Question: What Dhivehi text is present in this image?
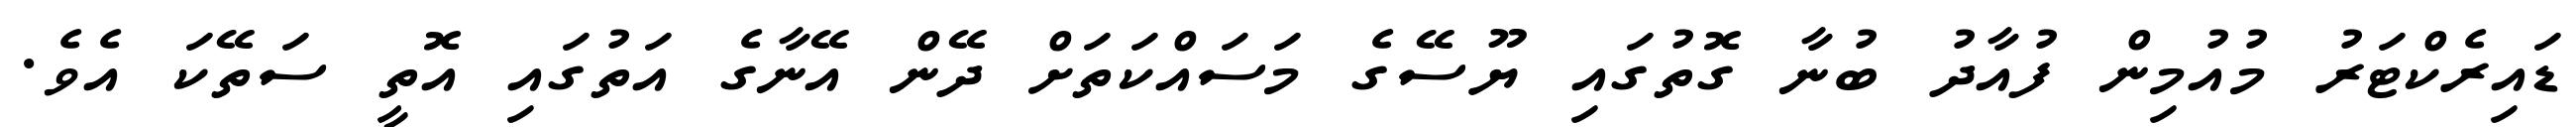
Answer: ޑައިރެކްޓަރު މުއުމިން ފުއާދު ބުނާ ގޮތުގައި ޔޫސޭގެ މަސައްކަތަށް ދޭން އޭނާގެ އަތުގައި އޮތީ ސަތޭކަ އެވެ.